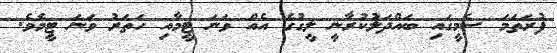
ފުރަތަމަ ސެމީގައި ބައްދަލުކުރާނީ ލީގުގެ އެއް ވަނަ ޓީމާއި ހަތަރު ވަނަ ޓީމެވެ.